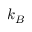
k _ { B }